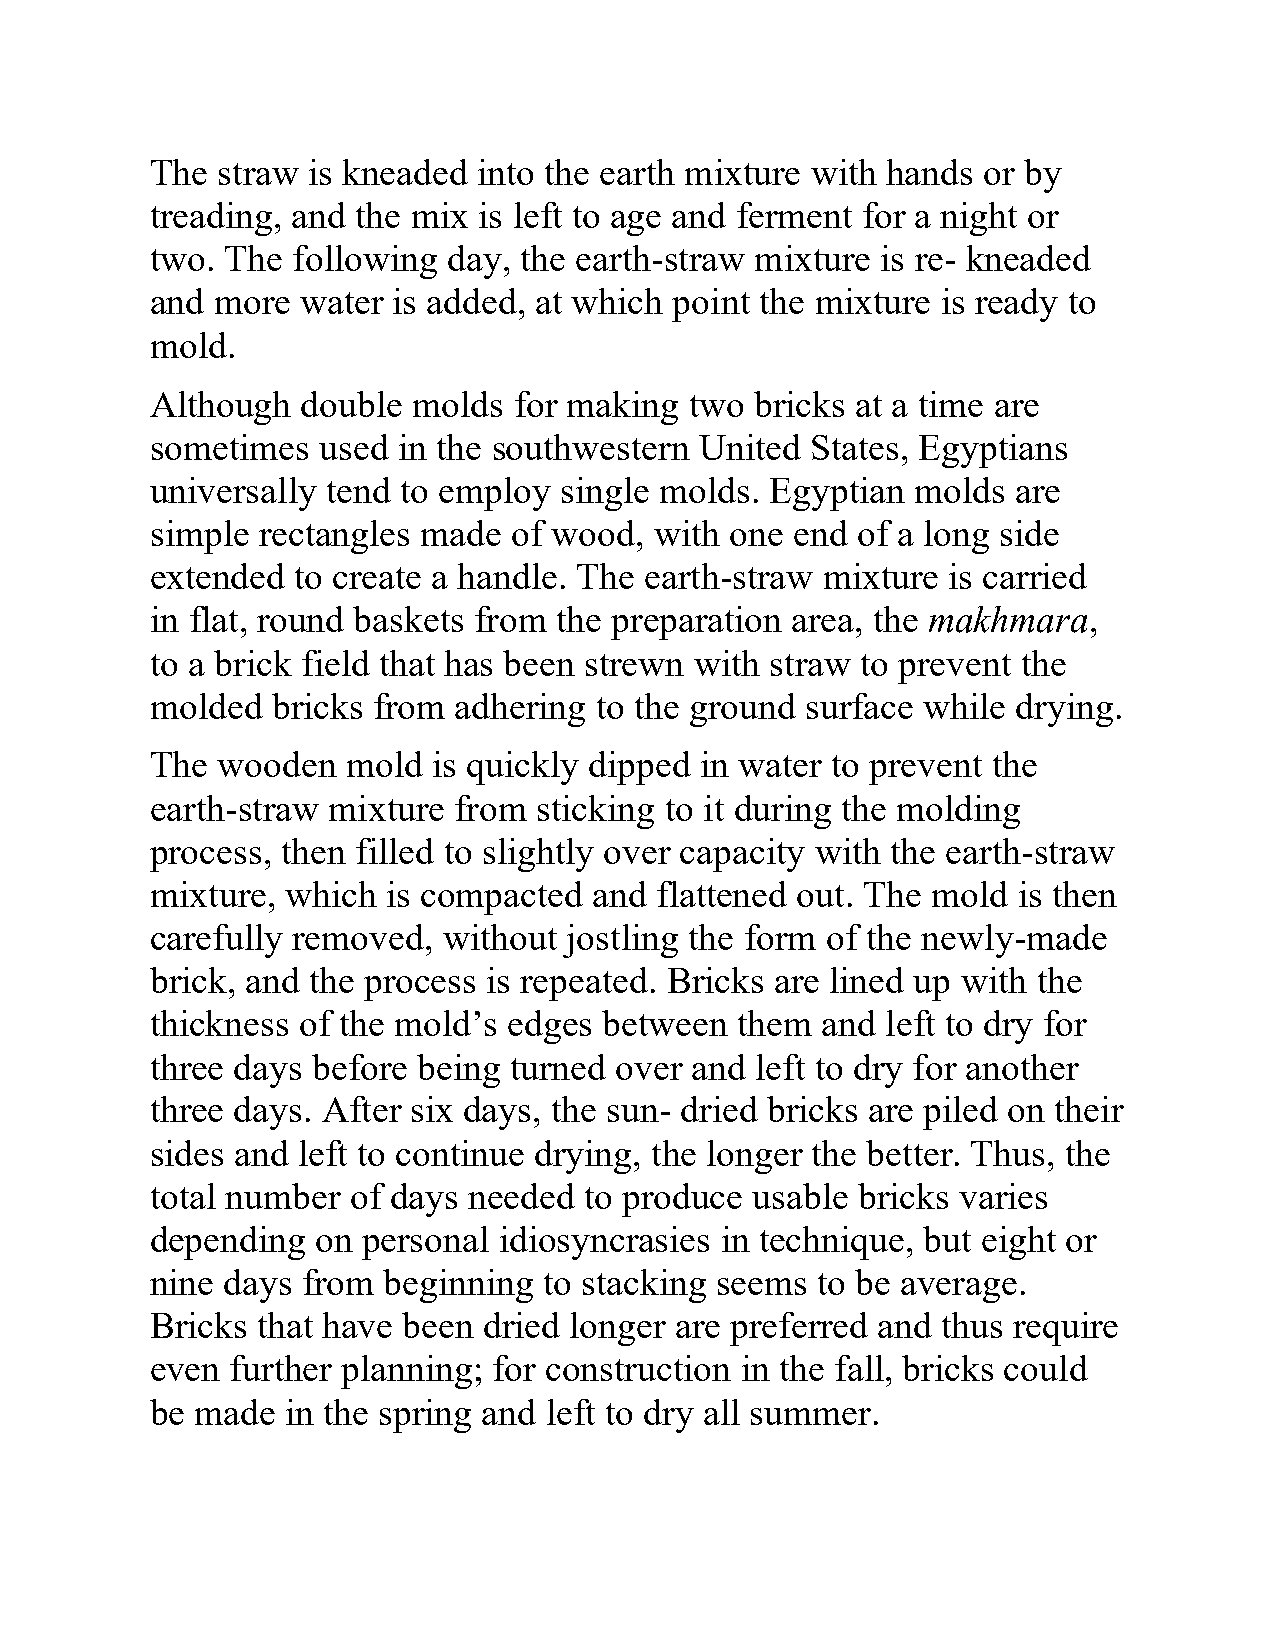
The straw is kneaded  into the earth mixture with hands or by
 treading, and the mix is left to age and ferment for a night or
 two. The following  day, the earth-straw mixture is re- kneaded
 and more  water is added, at which point the mixture is ready to
 mold.
 Although  double molds  for making  two bricks at a time are
 sometimes  used in the southwestern United  States, Egyptians
 universally tend to employ single molds. Egyptian  molds are
 simple rectangles made  of wood, with one  end of a long side
 extended  to create a handle. The earth-straw mixture is carried
 in flat, round baskets from the preparation area, the makhmara,
 to a brick field that has been strewn with straw to prevent the
 molded  bricks from adhering to the ground surface while drying.
 The wooden   mold  is quickly dipped in water to prevent the
 earth-straw mixture from  sticking to it during the molding
 process, then filled to slightly over capacity with the earth-straw
 mixture, which  is compacted and flattened out. The mold is then
 carefully removed, without  jostling the form of the newly-made
 brick, and the process is repeated. Bricks are lined up with the
 thickness of the mold’s edges between  them and  left to dry for
 three days before being turned over and left to dry for another
 three days. After six days, the sun- dried bricks are piled on their
 sides and left to continue drying, the longer the better. Thus, the
 total number of days needed  to produce usable bricks varies
 depending  on personal idiosyncrasies in technique, but eight or
 nine days from beginning  to stacking seems to be average.
 Bricks that have been dried longer are preferred and thus require
 even further planning; for construction in the fall, bricks could
 be made  in the spring and left to dry all summer.